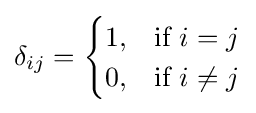
\delta _{ij}={\begin{cases}1,&{\mbox{if }}i=j\\0,&{\mbox{if }}i\neq j\end{cases}}